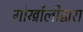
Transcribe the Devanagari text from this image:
गोर्खालीद्वारा